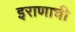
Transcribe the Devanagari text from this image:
इराणाची